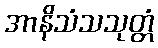
အာနိသံသသုတ္တံ